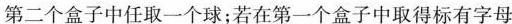
第二个盒子中任取一个球；若在第一个盒子中取得标有字母